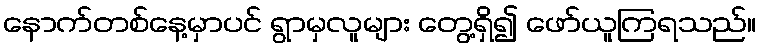
နောက်တစ်နေ့မှာပင် ရွာမှလူများ တွေ့ရှိ၍ ဖော်ယူကြရသည်။